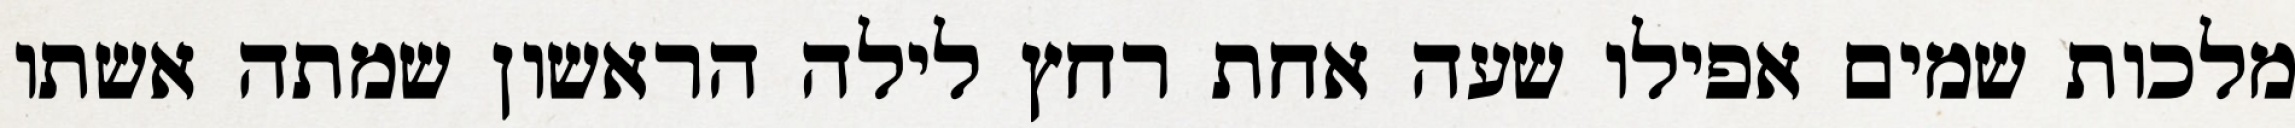
מלכות שמים אפילו שעה אחת רחץ לילה הראשון שמתה אשתו